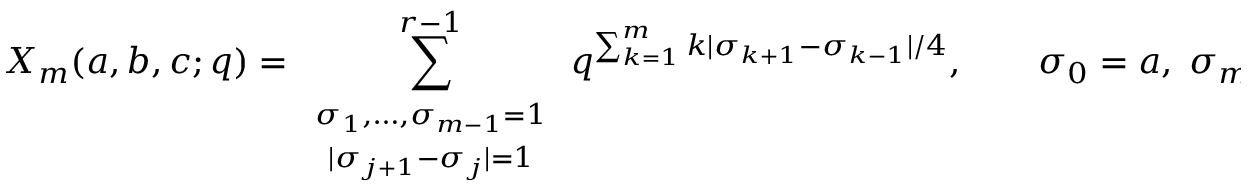
X _ { m } ( a , b , c ; q ) = \sum _ { \begin{array} { c } { { \scriptstyle \sigma _ { 1 } , \ldots , \sigma _ { m - 1 } = 1 } } \\ { { \scriptstyle | \sigma _ { j + 1 } - \sigma _ { j } | = 1 } } \end{array} } ^ { r - 1 } q ^ { \sum _ { k = 1 } ^ { m } k | \sigma _ { k + 1 } - \sigma _ { k - 1 } | / 4 } , \qquad \sigma _ { 0 } = a , \; \sigma _ { m } = b , \; \sigma _ { m + 1 } = c .